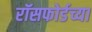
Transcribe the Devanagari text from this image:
रॉसफोर्डच्या